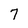
Character: 7